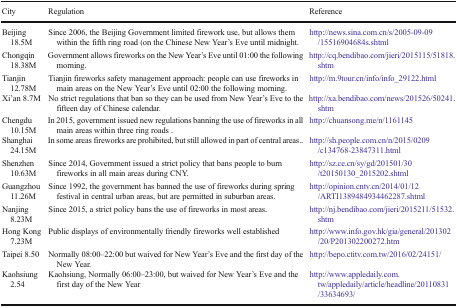
| City | Regulation | Reference |
 | --- | --- | --- |
 | Beijing 18.5M | Since 2006, the Beijing Government limited firework use, but allows them within the fifth ring road (on the Chinese New Year’s Eve until midnight. | http://news.sina.com.cn/s/2005-09-09/15516904684s.shtml |
 | Chongqin 18.38M | Government allows fireworks on the New Year’s Eve until 01:00 the following morning. | http://cq.bendibao.com/jieri/2015115/51818.shtm |
 | Tianjin 12.78M | Tianjin fireworks safety management approach: people can use fireworks in main areas on the New Year’s Eve until 02:00 the following morning. | http://m.9tour.cn/info/info_29122.html |
 | Xi’an 8.7M | No strict regulations that ban so they can be used from New Year’s Eve to the fifteen day of Chinese calendar. | http://xa.bendibao.com/news/201526/50241.shtm |
 | Chengdu 10.15M | In 2015, government issued new regulations banning the use of fireworks in all main areas within three ring roads . | http://chuansong.me/n/1161145 |
 | Shanghai 24.15M | In some areas fireworks are prohibited, but still allowed in part of central areas.. | http://sh.people.com.cn/n/2015/0209/c134768-23847311.html |
 | Shenzhen 10.63M | Since 2014, Government issued a strict policy that bans people to burn fireworks in all main areas during CNY. | http://sz.ce.cn/sy/gd/201501/30/t20150130_2015202.shtml |
 | Guangzhou 11.26M | Since 1992, the government has banned the use of fireworks during spring festival in central urban areas, but are permitted in suburban areas. | http://opinion.cntv.cn/2014/01/12/ARTI1389484934462287.shtml |
 | Nanjing 8.23M | Since 2015, a strict policy bans the use of fireworks in most areas. | http://nj.bendibao.com/jieri/2015211/51532.shtm |
 | Hong Kong 7.23M | Public displays of environmentally friendly fireworks well established | http://www.info.gov.hk/gia/general/201302/20/P201302200272.htm |
 | Taipei 8.50 | Normally 08:00–22:00 but waived for New Year’s Eve and the first day of the New Year. | http://bepo.ctitv.com.tw/2016/02/24151/ |
 | Kaohsiung 2.54 | Kaohsiung, Normally 06:00–23:00, but waived for New Year’s Eve and the first day of the New Year | http://www.appledaily.com.tw/appledaily/article/headline/20110831/33634693/ |